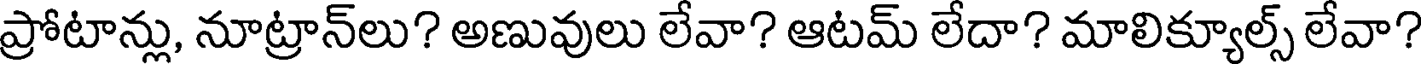
ప్రోటాన్లు, నూట్రాన్లు? అణువులు లేవా? ఆటమ్ లేదా? మాలిక్యూల్స్ లేవా?